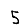
Digit: 5